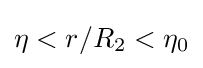
\eta <r/R_{2}<\eta _{0}